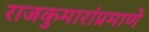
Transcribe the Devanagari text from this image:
राजकुमारांप्रमाणे